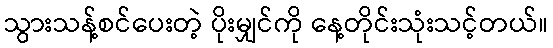
သွားသန့်စင်ပေးတဲ့ ပိုးမျှင်ကို နေ့တိုင်းသုံးသင့်တယ်။